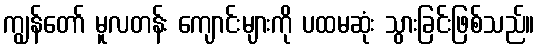
ကျွန်တော် မူလတန်း ကျောင်းများကို ပထမဆုံး သွားခြင်းဖြစ်သည်။